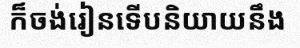
ក៏ចង់រៀនទើបនិយាយនឹង